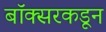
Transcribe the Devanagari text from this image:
बॉक्सरकडून